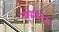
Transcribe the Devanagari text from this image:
व्यूप्रेस्टिड